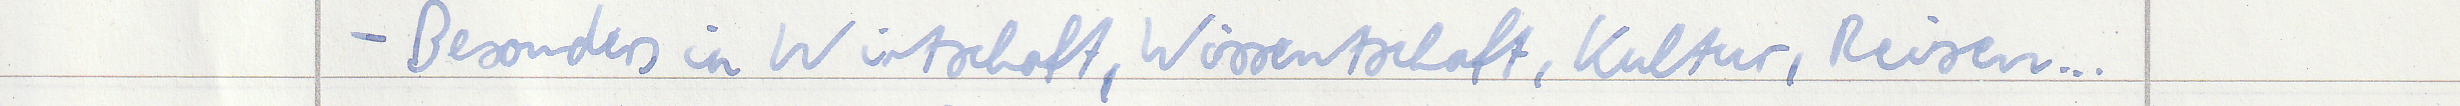
- Besonders in Wirtschaft, Wissentschaft, Kultur, Reisen...